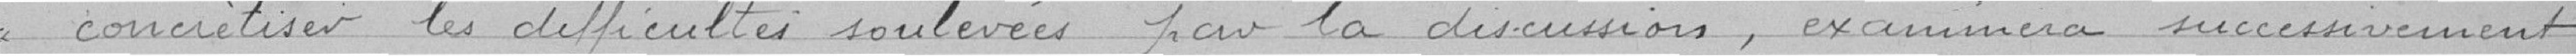
concrétiser les difficultés soulevées par la discussion, examinera successivement